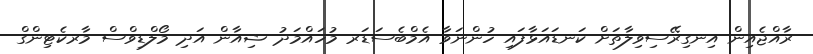
ރާއްޖެއިން އިނގިރޭސިވިލާތަށް ކަނޑައަޅާފައި ހުންނަވާ އެމްބެސަޑަރ މުހައްމަދު ޝިއާން އަދި މޯލްޑިވްސް މާރކެޓިންގް